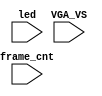
`timescale 1ns/1ps

module mist_dump(
    input           VGA_VS,
    input           led,
    input   [31:0]  frame_cnt
);

`ifdef DUMP
initial begin
    $display("DUMP enabled");
    `ifdef IVERILOG
        $dumpfile("test.lxt");
    `else
        $dumpfile("test.vcd");
    `endif
end
`ifdef DUMP_START
always @(negedge VGA_VS) if( frame_cnt==`DUMP_START ) begin
`else
    initial begin
`endif
    $display("DUMP starts");
    `ifdef DEEPDUMP
        $dumpvars(0,mist_test);
    `else
        $dumpvars(1,mist_test.UUT.u_game.u_main);
        $dumpvars(1,mist_test.UUT.u_game.u_rom);
        $dumpvars(1,mist_test.UUT.u_game);
        $dumpvars(0,mist_test.UUT.u_game.u_dwnld);
        $dumpvars(0,mist_test.UUT.u_frame.u_board.u_sdram);
    `endif
    $dumpon;
end
`endif

endmodule // mist_dump